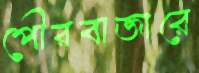
পৌরবাজারে